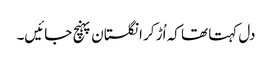
دل کہتا تھا کہ اُڑ کر انگلستان پہنچ جائیں۔